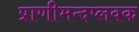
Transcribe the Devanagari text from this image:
प्राणीमन्दप्लवक